Calcutta medical institutions reports 1879-81 [i.e.91]
Year: 1879
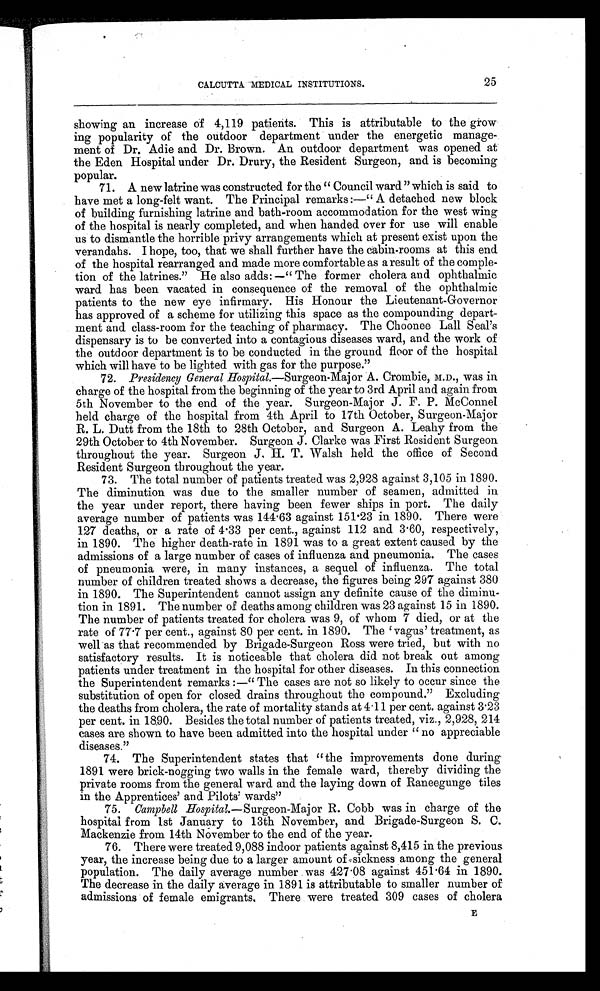
25
CALCUTTA MEDICAL INSTITUTIONS.
showing an increase of 4,119 patients. This is attributable to the grow
ing popularity of the outdoor department under the energetic manage-
ment of Dr. Adie and Dr. Brown. An outdoor department was opened at
the Eden Hospital under Dr. Drury, the Resident Surgeon, and is becoming
popular.
71. A new latrine was constructed for the "Council ward "which is said to
have met a long-felt want. The Principal remarks:—"A detached new block
of building furnishing latrine and bath-room accommodation for the west wing
of the hospital is nearly completed, and when handed over for use will enable
us to dismantle the horrible privy arrangements which at present exist upon the
verandahs. I hope, too, that we shall further have the cabin-rooms at this end
of the hospital rearranged and made more comfortable as a result of the comple-
tion of the latrines." He also adds:—"The former cholera and ophthalmic
ward has been vacated in consequence of the removal of the ophthalmic
patients to the new eye infirmary. His Honour the Lieutenant-Governor
has approved of a scheme for utilizing this space as the compounding depart-
ment and class-room for the teaching of pharmacy. The Choonee Lall Seal's
dispensary is to be converted into a contagious diseases ward, and the work of
the outdoor department is to be conducted in the ground floor of the hospital
which will have to be lighted with gas for the purpose."
72. Presidency General Hospital.—Surgeon-Major A. Crombie, M.D., was in
charge of the hospital from the beginning of the year to 3rd April and again from
5th November to the end of the year. Surgeon-Major J. F. P. McConnel
held charge of the hospital from 4th April to 17th October, Surgeon-Major
R. L. Dutt from the 18th to 28th October, and Surgeon A. Leahy from the
29th October to 4th November. Surgeon J. Clarke was First Resident Surgeon
throughout the year. Surgeon J. H. T. Walsh held the office of Second
Resident Surgeon throughout the year.
73. The total number of patients treated was 2,928 against 3,105 in 1890.
The diminution was due to the smaller number of seamen, admitted in
the year under report, there having been fewer ships in port. The daily
average number of patients was 144.63 against 151.23 in 1890. There were
127 deaths, or a rate of 4.33 per cent., against 112 and 3.60, respectively,
in 1890. The higher death-rate in 1891 was to a great extent caused by the
admissions of a large number of cases of influenza and pneumonia. The cases
of pneumonia were, in many instances, a sequel of influenza. The total
number of children treated shows a decrease, the figures being 297 against 380
in 1890. The Superintendent cannot assign any definite cause of the diminu-
tion in 1891. The number of deaths among children was 23 against 15 in 1890.
The number of patients treated for cholera was 9, of whom 7 died, or at the
rate of 77.7 per cent., against 80 per cent. in 1890. The 'vagus' treatment, as
well as that recommended by Brigade-Surgeon Ross were tried, but with no
satisfactory results. It is noticeable that cholera did not break out among
patients under treatment in the hospital for other diseases. In this connection
the Superintendent remarks:—"The cases are not so likely to occur since the
substitution of open for closed drains throughout the compound." Excluding
the deaths from cholera, the rate of mortality stands at 4.11 per cent. against 3.23
per cent. in 1890. Besides the total number of patients treated, viz., 2,928, 214
cases are shown to have been admitted into the hospital under "no appreciable
diseases."
74. The Superintendent states that "the improvements done during
1891 were brick-nogging two walls in the female ward, thereby dividing the
private rooms from the general ward and the laying down of Raneegunge tiles
in the Apprentices' and Pilots' wards"
75. Campbell Hospital. —Surgeon-Major R. Cobb was in charge of the
hospital from 1st January to 13th November, and Brigade-Surgeon S. C.
Mackenzie from 14th November to the end of the year.
76. There were treated 9,088 indoor patients against 8,415 in the previous
year, the increase being due to a larger amount of sickness among the general
population. The daily average number was 427.08 against 451.64 in 1890.
The decrease in the daily average in 1891 is attributable to smaller number of
admissions of female emigrants. There were treated 309 cases of cholera
E